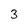
Character: 3